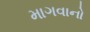
માગવાનો